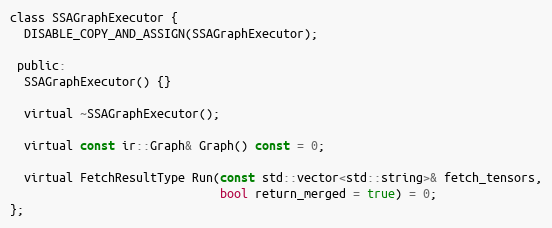
Language: C
class SSAGraphExecutor {
  DISABLE_COPY_AND_ASSIGN(SSAGraphExecutor);

 public:
  SSAGraphExecutor() {}

  virtual ~SSAGraphExecutor();

  virtual const ir::Graph& Graph() const = 0;

  virtual FetchResultType Run(const std::vector<std::string>& fetch_tensors,
                              bool return_merged = true) = 0;
};